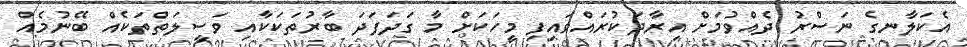
އެކަލާނގެ ނަސްރު ދެއްވުމަށް އިރާދަކުރައްވައިފި މީހަކަށް މާ ގަދަފަދަ ބާރުތަކަކާއި ވަސީލަތްތަކެއް ބޭނުމެއް